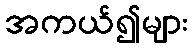
အကယ်၍များ